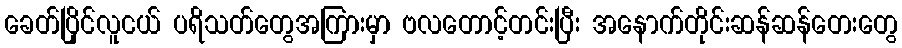
ခေတ်ပြိုင်လူငယ် ပရိသတ်တွေအကြားမှာ ဗလတောင့်တင်းပြီး အနောက်တိုင်းဆန်ဆန်တေးတွေ